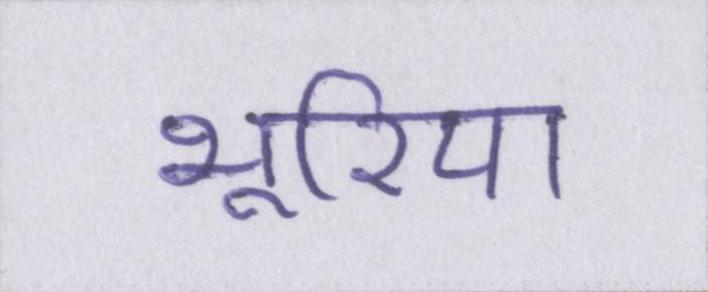
भूरिया